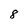
Character: 8